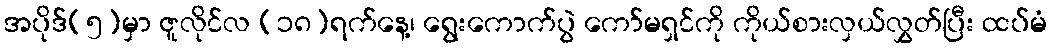
အပိုဒ်(၅)မှာ ဇူလိုင်လ (၁၈)ရက်နေ့၊ ရွေးကောက်ပွဲ ကော်မရှင်ကို ကိုယ်စားလှယ်လွှတ်ပြီး ထပ်မံ